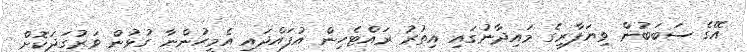
އޭގެ ސަބަބުން ވިޔަފާރިގެ މައިދާނުގައި އިތުރު ރައްޓެހިން އުފައްދައި އެމީހުންނާ ގުޅުން ވަރުގަދަކޮށް